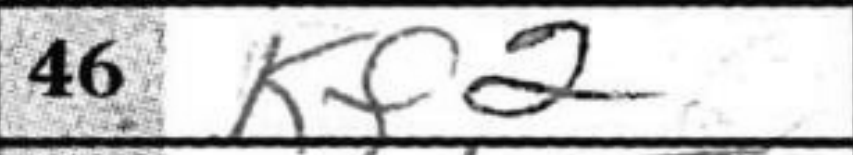
Transcription: Kf2